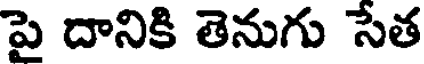
పై దానికి తెనుగు సేత